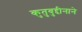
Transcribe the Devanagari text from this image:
कुतुबुद्दीनाने